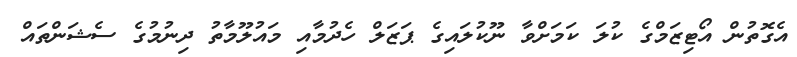
އެގޮތުން އޯޓިޒަމްގެ ކުލަ ކަމަށްވާ ނޫކުލައިގެ ޕަޒަލް ހެދުމާއި މައުލޫމާތު ދިނުމުގެ ސެޝަންތައް